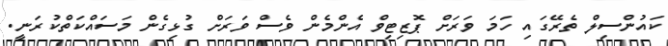
ކައުންސިލް ތެރޭގައި ހަމަ ވަރަށް ޕޮޒިޓިވް އެންމެން ވެސް ވަރަށް ގުޅިގެން މަސައްކަތްކުރަނީ.